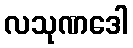
လသုဏဒေါ